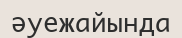
әуежайында